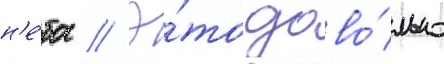
н'е́ба // Э́то дово́льно